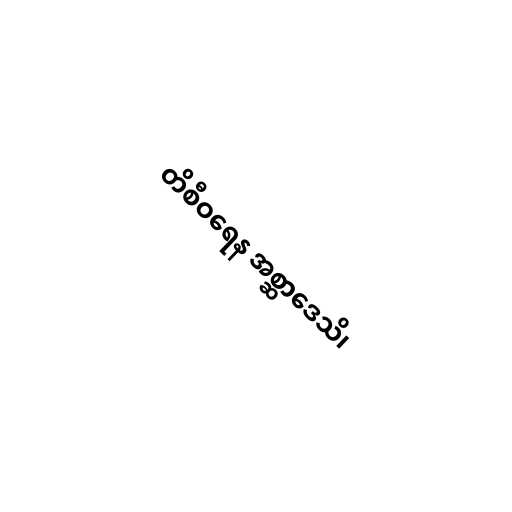
တိစီဝရေန အစ္ဆာဒေသိ၊